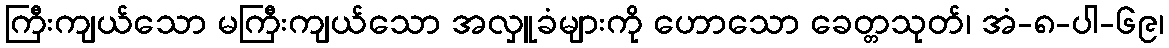
ကြီးကျယ်သော မကြီးကျယ်သော အလှူခံများကို ဟောသော ခေတ္တသုတ်၊ အံ-၈-ပါ-၆၉၊